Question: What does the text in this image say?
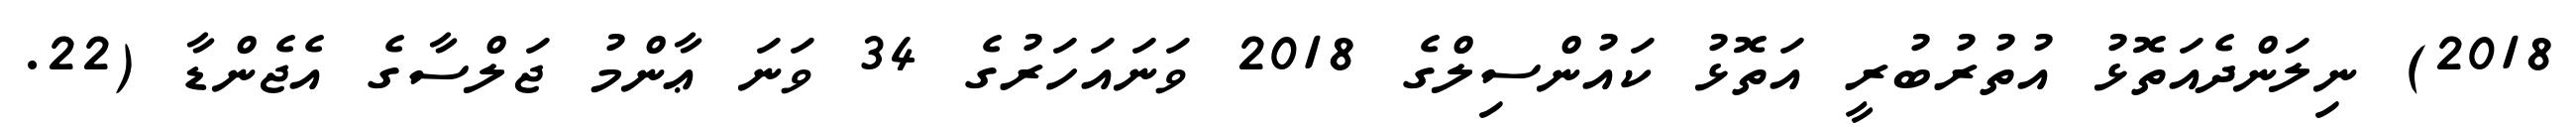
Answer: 2018) ނިލަންދެއަތޮޅު އުތުރުބުރީ އަތޮޅު ކައުންސިލްގެ 2018 ވަނައަހަރުގެ 34 ވަނަ ޢާންމު ޖަލްސާގެ އެޖެންޑާ (22.